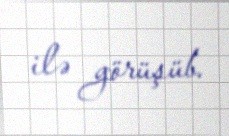
ilə görüşüb.